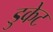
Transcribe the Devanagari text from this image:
डुकेट